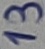
Text: 13